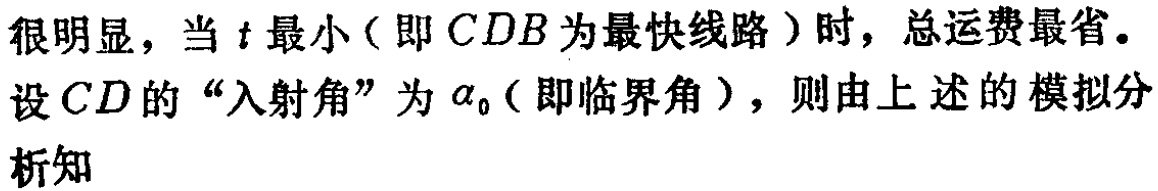
很明显，当\(t\)最小（即\(CDB\)为最快线路）时，总运费最省。

设\(CD\)的“入射角”为\(\alpha_0\)（即临界角），则由上述的模拟分析知